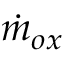
\Dot { m } _ { o x }